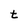
Character: t